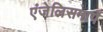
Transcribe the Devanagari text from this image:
एंजेलिसमार्गे